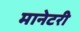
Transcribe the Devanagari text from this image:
मानेटरी